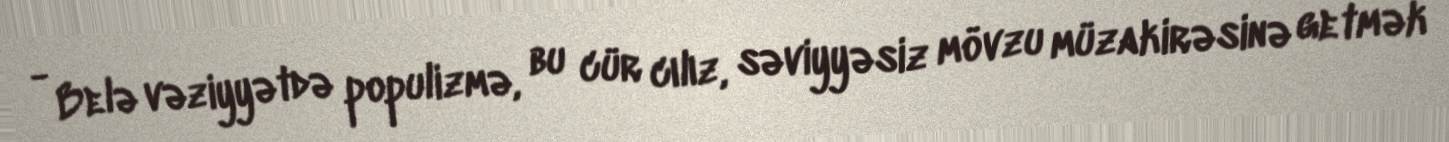
- Belə vəziyyətdə populizmə, bu cür cılız, səviyyəsiz mövzu müzakirəsinə getmək